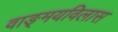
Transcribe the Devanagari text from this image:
वाङ्‌मयविलास